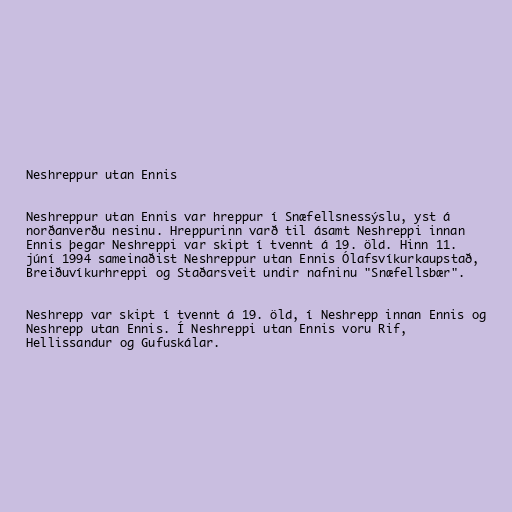
Neshreppur utan Ennis

Neshreppur utan Ennis var hreppur í Snæfellsnessýslu, yst á
norðanverðu nesinu. Hreppurinn varð til ásamt Neshreppi innan
Ennis þegar Neshreppi var skipt í tvennt á 19. öld. Hinn 11.
júní 1994 sameinaðist Neshreppur utan Ennis Ólafsvíkurkaupstað,
Breiðuvíkurhreppi og Staðarsveit undir nafninu "Snæfellsbær".

Neshrepp var skipt í tvennt á 19. öld, í Neshrepp innan Ennis og
Neshrepp utan Ennis. Í Neshreppi utan Ennis voru Rif,
Hellissandur og Gufuskálar.